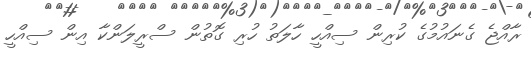
ރާއްޖެ ގެނައުމުގެ ކުރިން ސިއްހީ ހާލަތު ހުރި ގޮތުން ސްރީލަންކާ އިން ސިއްހީ